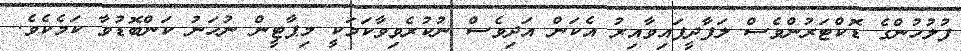
ފުލުހުންގެ ޑޮކްޓަރުންވެސް ލަފާދީފައިވާއިރު އެކަން އަދިވެސް ނުކުރެވިވާކަމަކީ މިޕާޓީން ނުހަނު ކަންބޮޑުވާ ކަމެކެވެ.